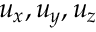
u _ { x } , u _ { y } , u _ { z }